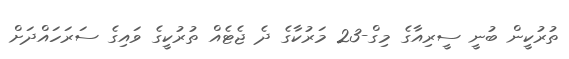
ތުރުކީން ބުނީ ސީރިއާގެ މިގް-23 މަރުކާގެ ދެ ޖެޓެއް ތުރުކީގެ ވައިގެ ސަރަހައްދަށް